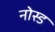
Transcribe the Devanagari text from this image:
नोस्ड